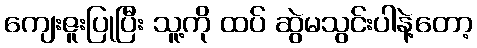
ကျေးဇူးပြုပြီး သူ့ကို ထပ် ဆွဲမသွင်းပါနဲ့တော့